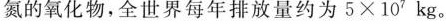
氮的氧化物，全世界每年排放量约为5×107kg。